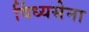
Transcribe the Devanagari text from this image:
विंध्यसेना